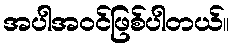
အပါအဝင်ဖြစ်ပါတယ်။